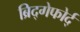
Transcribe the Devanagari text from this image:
ब्रिद्गेफोर्द्